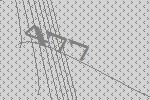
477